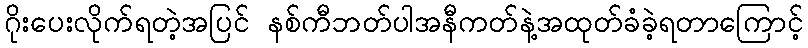
ဂိုးပေးလိုက်ရတဲ့အပြင် နစ်ကီဘတ်ပါအနီကတ်နဲ့အထုတ်ခံခဲ့ရတာကြောင့်